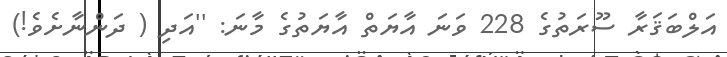
އަލްބަޤަރާ ސޫރަތުގެ 228 ވަނަ އާޔަތް އާޔަތުގެ މާނަ: ''އަދި ( ދަންނާށެވެ!)